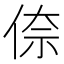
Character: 倷